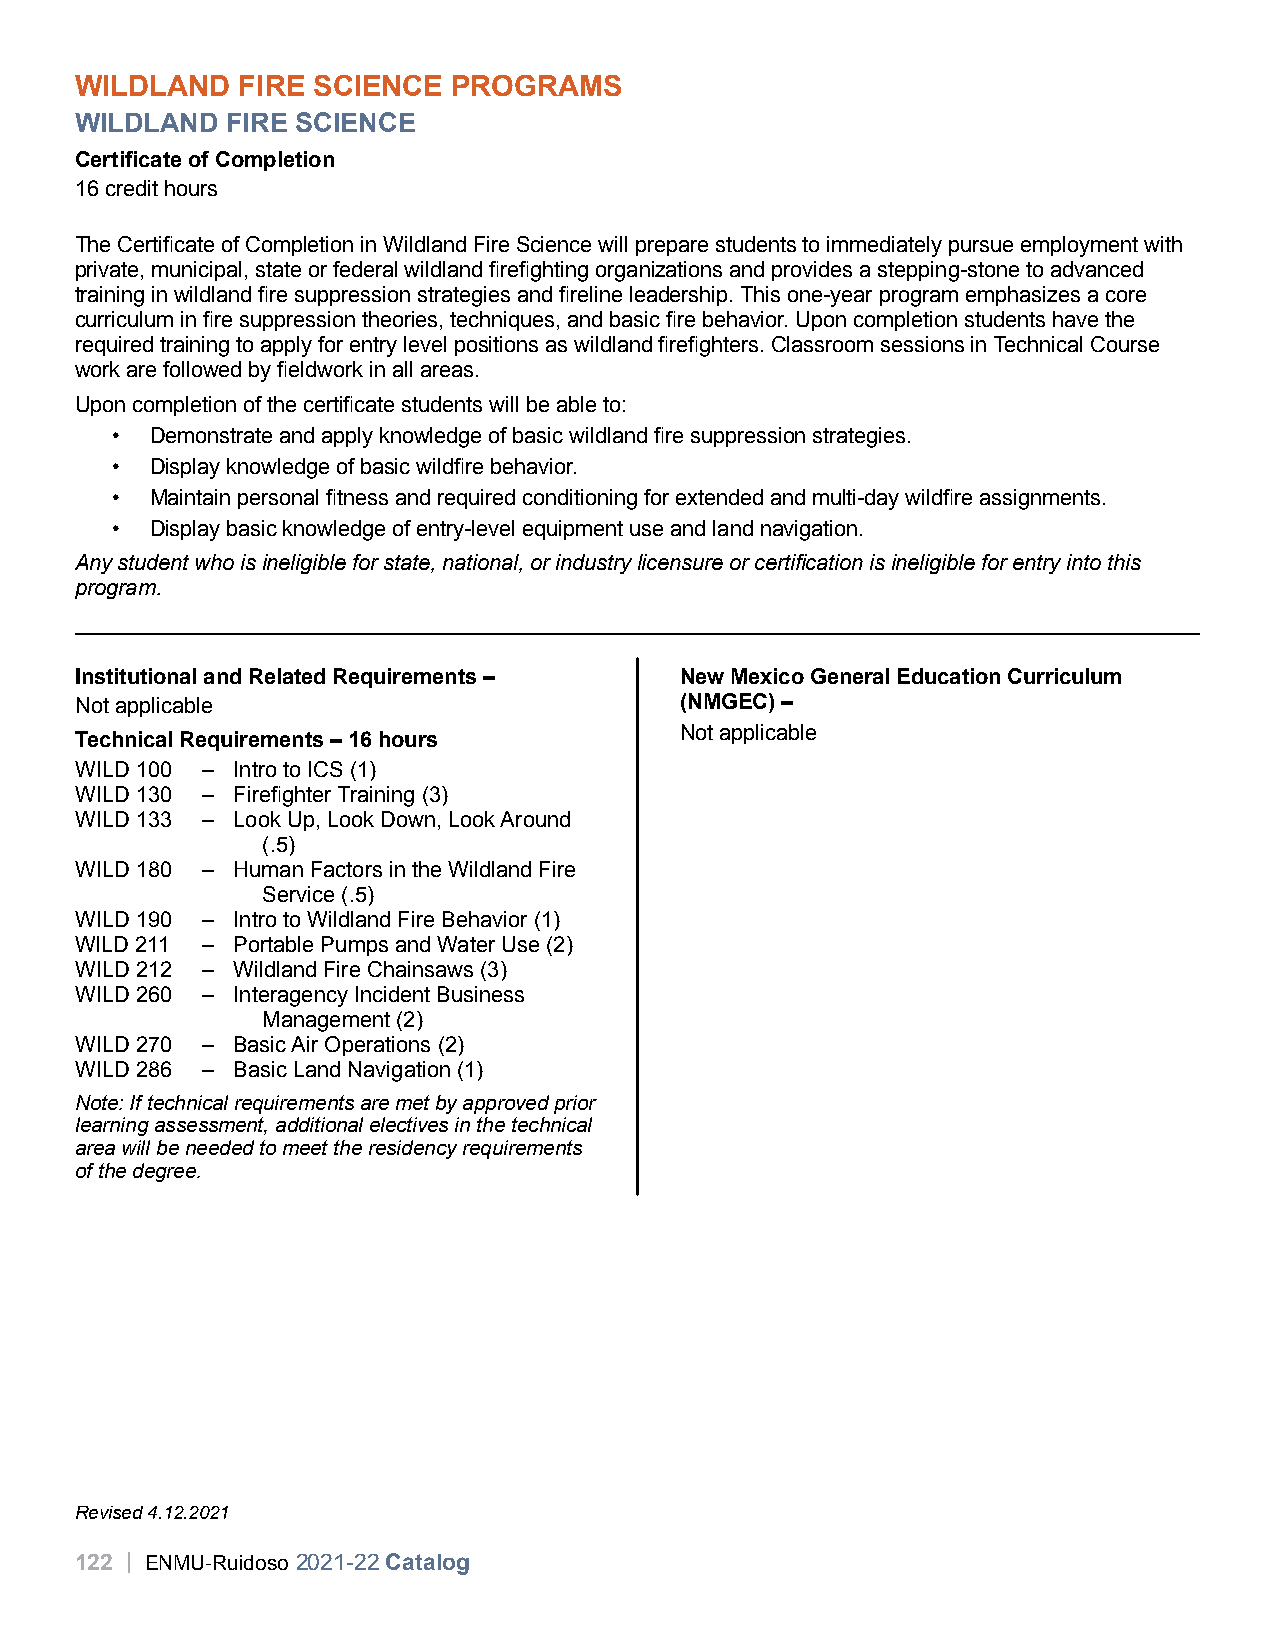
WILDLAND   FIRE SCIENCE  PROGRAMS
 WILDLAND  FIRE SCIENCE
 Certificate of Completion
 16 credit hours
 The Certificate of Completion in Wildland Fire Science will prepare students to immediately pursue employment with
 private, municipal, state or federal wildland firefighting organizations and provides a stepping-stone to advanced
 training in wildland fire suppression strategies and fireline leadership. This one-year program emphasizes a core
 curriculum in fire suppression theories, techniques, and basic fire behavior. Upon completion students have the
 required training to apply for entry level positions as wildland firefighters. Classroom sessions in Technical Course
 work are followed by fieldwork in all areas.
 Upon completion of the certificate students will be able to:
 •  Demonstrate and apply knowledge of basic wildland fire suppression strategies.
 •  Display knowledge of basic wildfire behavior.
 •  Maintain personal fitness and required conditioning for extended and multi-day wildfire assignments.
 •  Display basic knowledge of entry-level equipment use and land navigation.
 Any student who is ineligible for state, national, or industry licensure or certification is ineligible for entry into this
 program.
 Institutional and Related Requirements – New Mexico General Education Curriculum
 Not applicable                          (NMGEC) –
 Not applicable
 Technical Requirements – 16 hours
 WILD 100 – Intro to ICS (1)
 WILD 130 – Firefighter Training (3)
 WILD 133 – Look Up, Look Down, Look Around
 (.5)
 WILD 180 – Human Factors in the Wildland Fire
 Service (.5)
 WILD 190 – Intro to Wildland Fire Behavior (1)
 WILD 211 – Portable Pumps and Water Use (2)
 WILD 212 – Wildland Fire Chainsaws (3)
 WILD 260 – Interagency Incident Business
 Management (2)
 WILD 270 – Basic Air Operations (2)
 WILD 286 – Basic Land Navigation (1)
 Note: If technical requirements are met by approved prior
 learning assessment, additional electives in the technical
 area will be needed to meet the residency requirements
 of the degree.
 Revised 4.12.2021
 122 | ENMU-Ruidoso 2021-22 Catalog